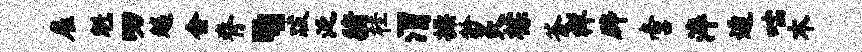
雇魁叨越会脊、跋泛猪桂渭操龄炙棕釜祥辟啻淬遁咄木